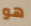
هو